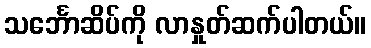
သင်္ဘောဆိပ်ကို လာနှုတ်ဆက်ပါတယ်။